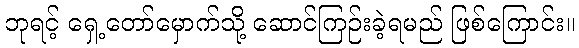
ဘုရင့် ရှေ့တော်မှောက်သို့ ဆောင်ကြဉ်းခဲ့ရမည် ဖြစ်ကြောင်း။